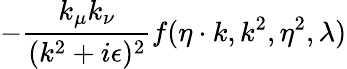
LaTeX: -{\frac{k_{\mu}k_{\nu}}{(k^{2}+i\epsilon)^{2}}}f(\eta\cdot k,k^{2},\eta^{2},\lambda)